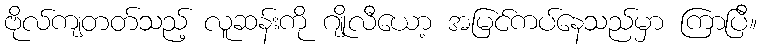
ဗိုလ်ကျတတ်သည့် လူဆန်းကို ဂျိုလီယော့ အမြင်ကပ်နေသည်မှာ ကြာပြီ။